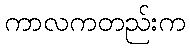
ကာလကတည်းက